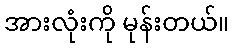
အားလုံးကို မုန်းတယ်။